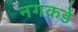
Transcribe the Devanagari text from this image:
नगकडे